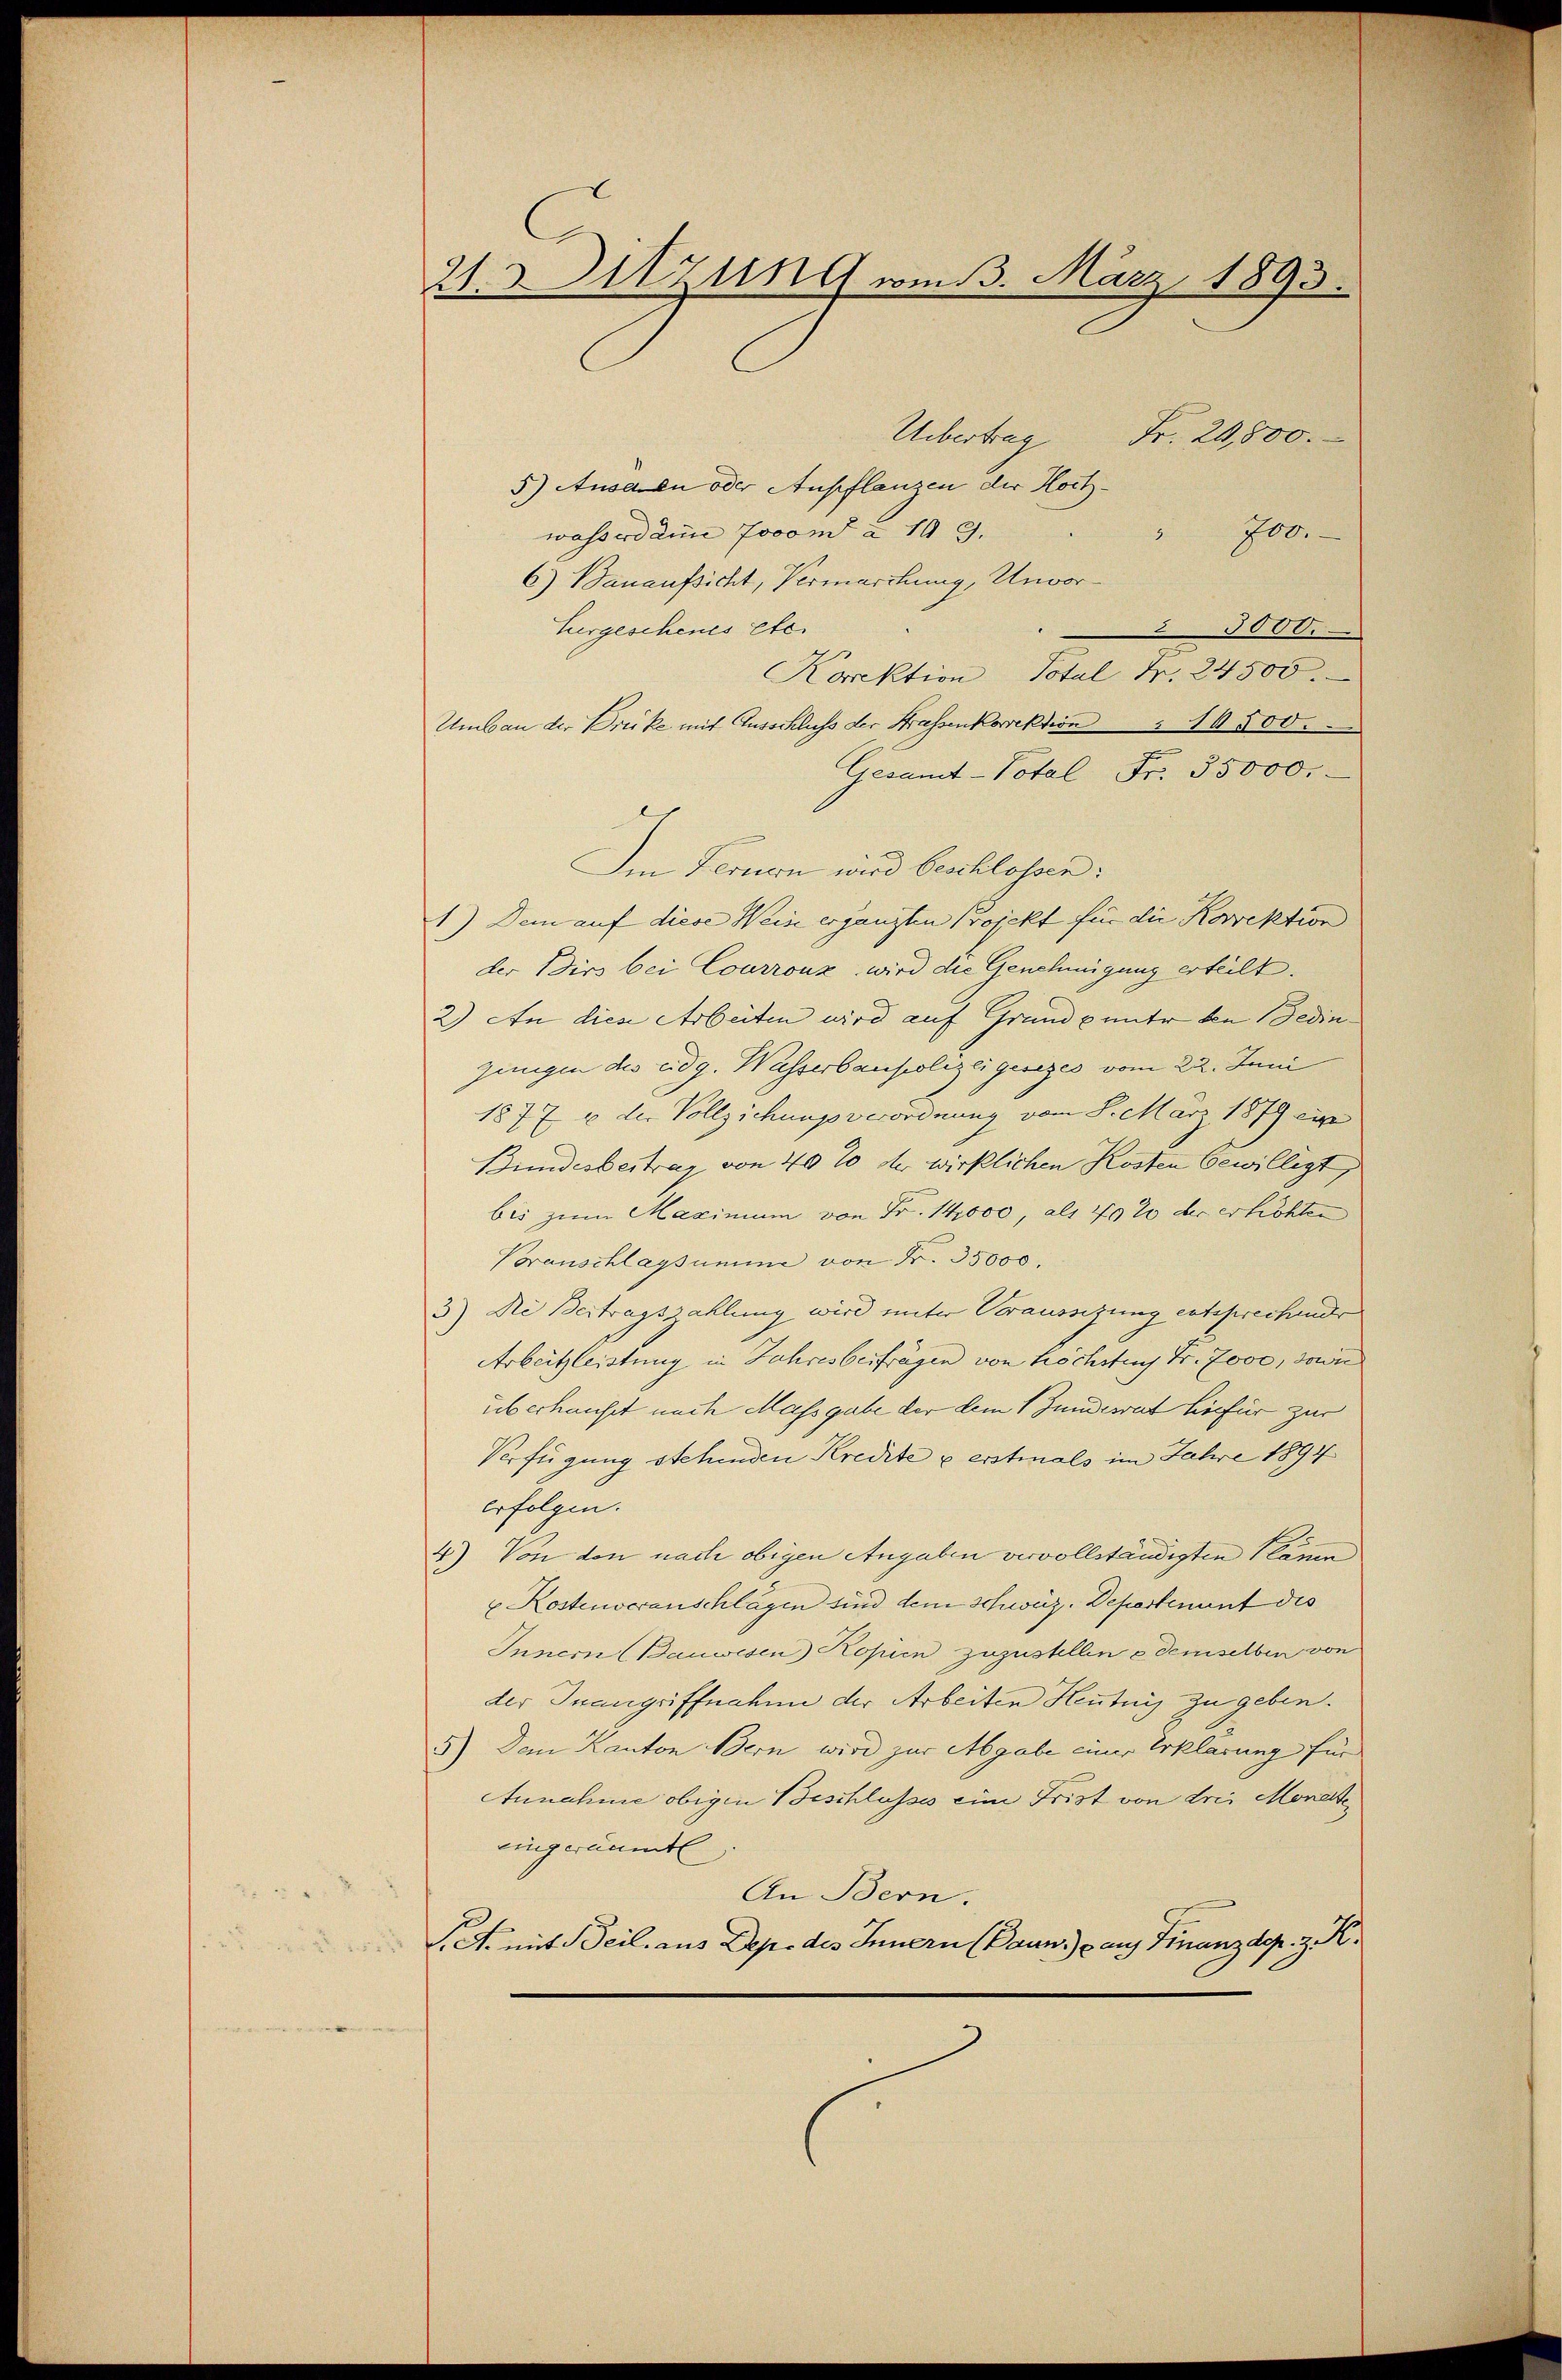
21. v. Sitzung vom 13. März 1893.

Uebertrag
Fr. 20,800.
5) Ausaren oder Anpflanzen der Hochwasserdam Jovon à 109.
" 700.
6) Bauaufsicht, Vermarckung, Unvor¬
Turgeschenes etc.
 3000.
Korrektion Total Fr. 24500.
Umbau der Drucke mit Ausschluss der Strassenkorrektion " 1500.
Gesamt-Potal Fr. 35000.-
Im Fernern wird beschlossen.
1.) Dem auf diese Wein ergänzten Projekt für die Korrektion
der Dirs bei Courronz wird die Genehmigung erteilt.
2) An dies Arbeiten wird auf Grunde unter den Bedin
gungen des Eidg. Wasserbaupolizei gesezes vom 22. Juni
1877 10 der Vollziehungsverordnung vom 8. März 1879 ein
Bundesbeitrag von 40% der wirklichen Kosten bewilligt,
bis zum Maximum von Fr. 14,000, als 20 % der erhöhten
Voranschlagsumme von Nr. 35000.
3) Die Bertragszahlung wird unter Veraussizung entsprechender
Arbeitsleistung in Jahresberfragen von höchsten Fr. 7000, sowie
überhaupt nach Massgabe der dem 1 Junderat hiefür zur
Verfügung stehenden Kredite u erstmals im Jahre 1894
erfolgen.
4) Von den nach obigen Angaben vervollständigten Name
 Kostenveranschlägen sind dem Schweiz. Departenant des
Innern Bauwesen) Kopien zuzustellen es demselben von
der Inangriffnahme der Arbeiten Heutung zu geben.
5.) Dem Kanton Bern wird zur Abgabe einer Erklärung für
Annahme obigen Beschlusses eine Frist von drei Monate
eingeräumte
An Bern.
I. A. mit Beil. aus Dep. des Innern (Baun) auf Finanzdep. z. R.